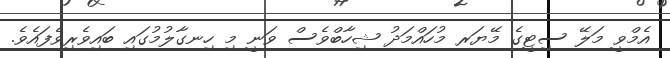
އެމްވީ މަލޭ ސިޓީގެ މޭޔަރ މުހައްމަދު ޝިހާބްވެސް ވަނީ މި ހިނގާލުމުގައި ބައިވެރިވެފައެވެ.